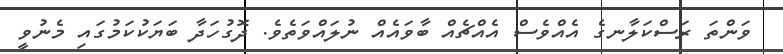
ވަންތަ ރަސްކަލާނގެ އެއްވެސް އެއްޗެއް ބާވައެއް ނުލައްވަތެވެ. ދޮގުހަދާ ބަޔަކުކަމުގައި މެނުވީ